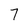
Character: 7